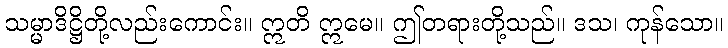
သမ္မာဒိဋ္ဌိတို့လည်းကောင်း။ ဣတိ ဣမေ။ ဤတရားတို့သည်။ ဒသ၊ ကုန်သော။